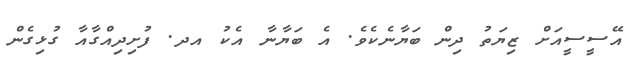
އޭސީސީއަށް ޒިޔަތު ދިން ބަޔާނެކެވެ. އެ ބަޔާނާ އެކު އދ. ފުށިދިއްގާއާ ގުޅިގެން